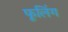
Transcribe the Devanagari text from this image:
फूलिंग